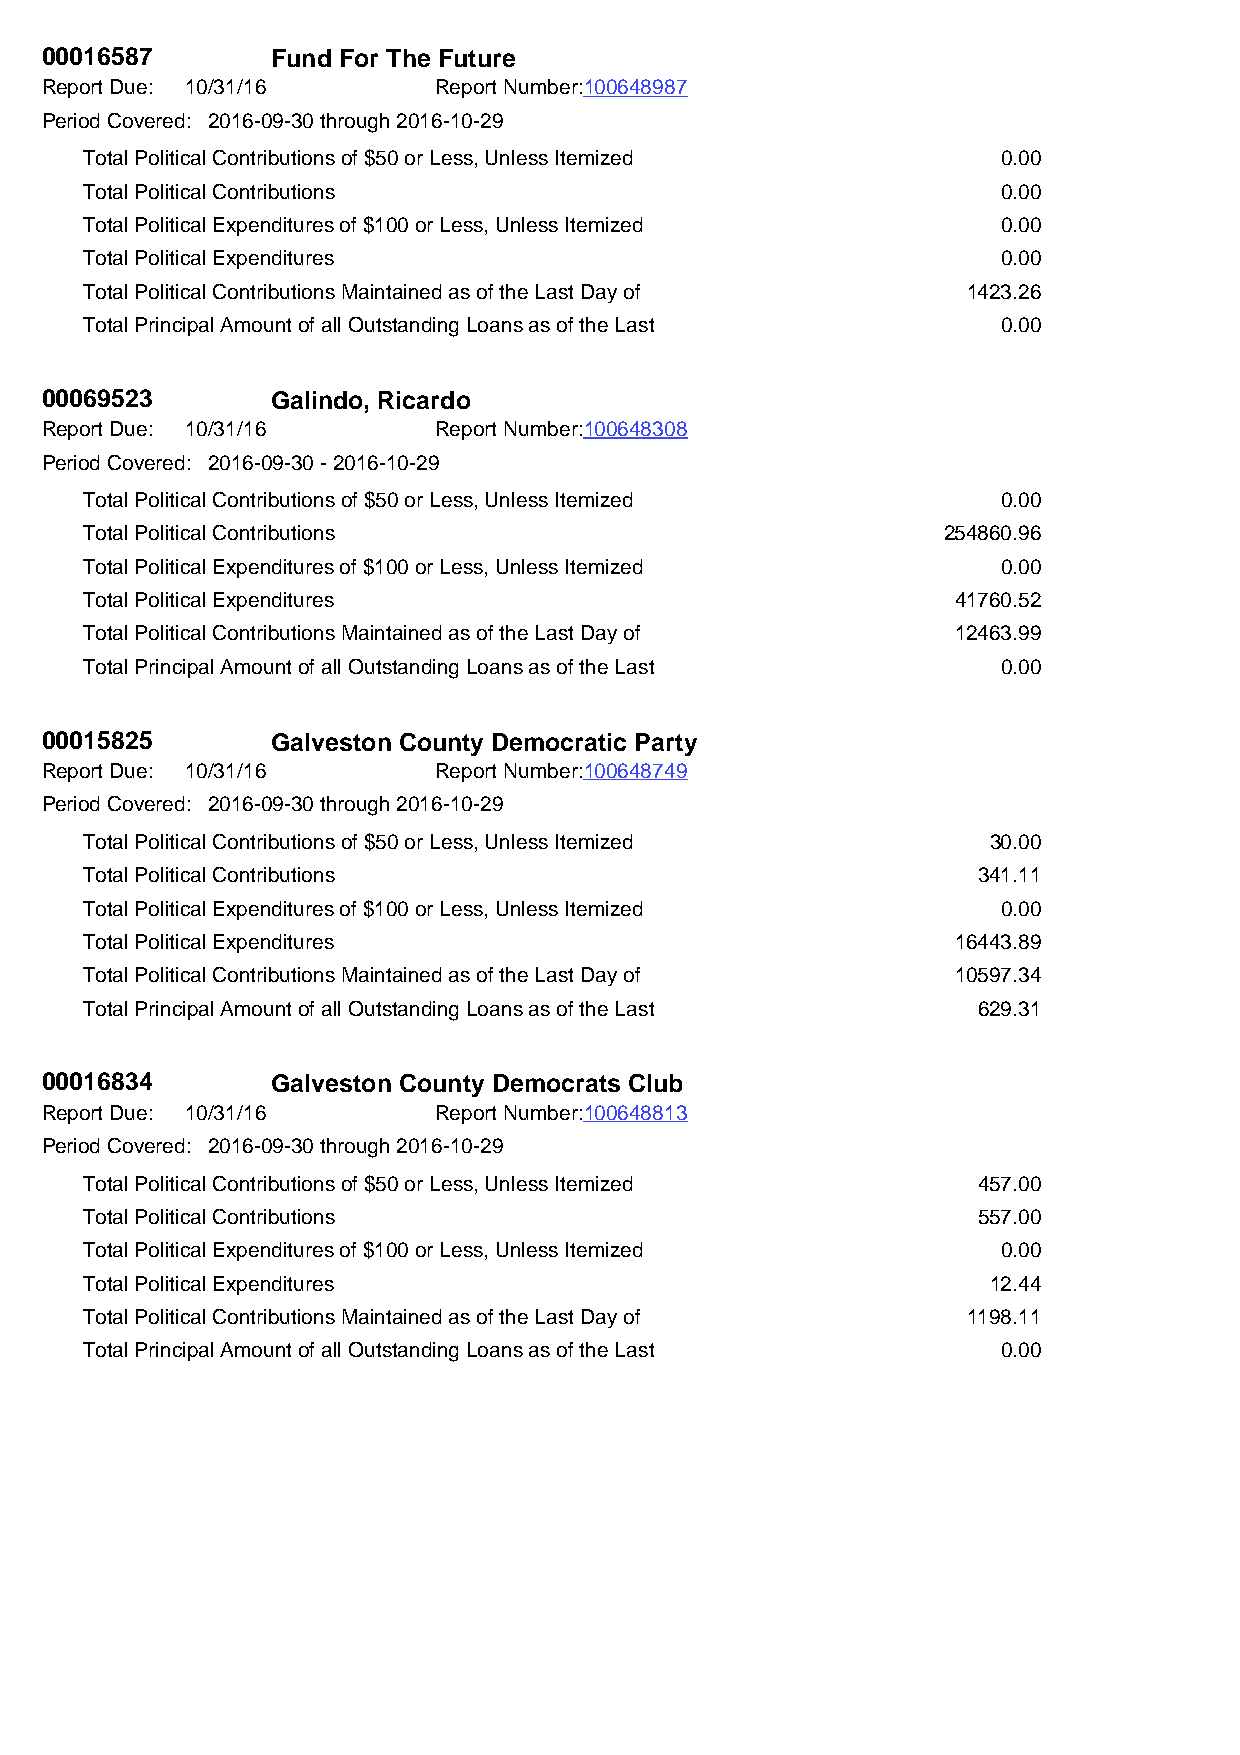
00016587       Fund For The Future
 Report Due: 10/31/16      Report Number:100648987
 Period Covered: 2016-09-30 through 2016-10-29
 Total Political Contributions of $50 or Less, Unless Itemized 0.00
 Total Political Contributions                               0.00
 Total Political Expenditures of $100 or Less, Unless Itemized 0.00
 Total Political Expenditures                                0.00
 Total Political Contributions Maintained as of the Last Day of 1423.26
 Total Principal Amount of all Outstanding Loans as of the Last 0.00
 00069523       Galindo, Ricardo
 Report Due: 10/31/16      Report Number:100648308
 Period Covered: 2016-09-30 - 2016-10-29
 Total Political Contributions of $50 or Less, Unless Itemized 0.00
 Total Political Contributions                           254860.96
 Total Political Expenditures of $100 or Less, Unless Itemized 0.00
 Total Political Expenditures                             41760.52
 Total Political Contributions Maintained as of the Last Day of 12463.99
 Total Principal Amount of all Outstanding Loans as of the Last 0.00
 00015825       Galveston County Democratic Party
 Report Due: 10/31/16      Report Number:100648749
 Period Covered: 2016-09-30 through 2016-10-29
 Total Political Contributions of $50 or Less, Unless Itemized 30.00
 Total Political Contributions                              341.11
 Total Political Expenditures of $100 or Less, Unless Itemized 0.00
 Total Political Expenditures                             16443.89
 Total Political Contributions Maintained as of the Last Day of 10597.34
 Total Principal Amount of all Outstanding Loans as of the Last 629.31
 00016834       Galveston County Democrats Club
 Report Due: 10/31/16      Report Number:100648813
 Period Covered: 2016-09-30 through 2016-10-29
 Total Political Contributions of $50 or Less, Unless Itemized 457.00
 Total Political Contributions                              557.00
 Total Political Expenditures of $100 or Less, Unless Itemized 0.00
 Total Political Expenditures                                12.44
 Total Political Contributions Maintained as of the Last Day of 1198.11
 Total Principal Amount of all Outstanding Loans as of the Last 0.00